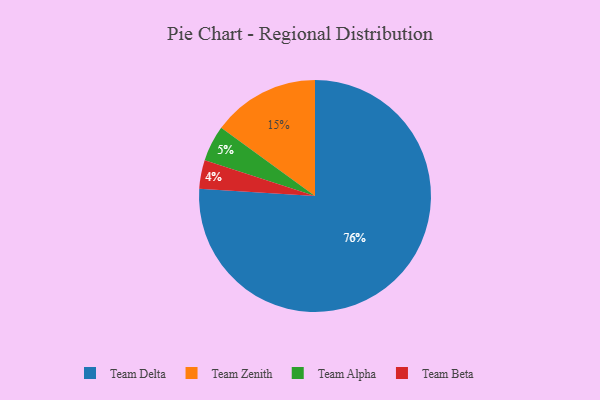
{"axis": {"x": "Category", "y": "Percentage"}, "legend": ["Team Alpha", "Team Beta", "Team Delta", "Team Zenith"], "data": [{"x": "Team Beta", "y": 4, "type": "Team Beta"}, {"x": "Team Zenith", "y": 15, "type": "Team Zenith"}, {"x": "Team Delta", "y": 76, "type": "Team Delta"}, {"x": "Team Alpha", "y": 5, "type": "Team Alpha"}]}